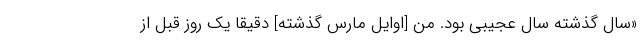
«سال گذشته سال عجیبی بود. من [اوایل مارس گذشته] دقیقا یک روز قبل از